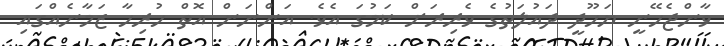
ވާންޖެހޭނީ ޔަހޫދީ ދައުލަތުގެ ވެރިރަށް ކަމުގަ އެވެ. އަންނަން އޮތް ހުރިހާ ޒަމާނެއްގައި